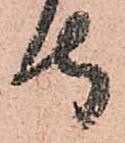
守